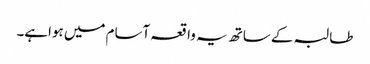
طالبہ کے ساتھ یہ واقعہ آسام میں ہواہے۔